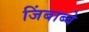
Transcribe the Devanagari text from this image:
जिंबाब्बे